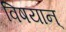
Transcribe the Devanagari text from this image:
विषयान्